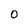
Character: O